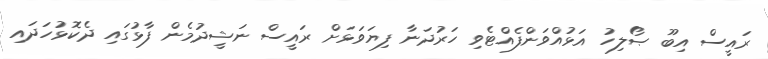
ރައީސް އިބޫ ޞޯލިހު އަޅުއްވަންފެއްޓެވި ހަރުދަނާ ފިޔަވަޅަށް ރައީސް ނަޝީދުމެން ފާޅުގައި ދެކޮޅުހަދައި